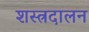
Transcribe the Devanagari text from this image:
शस्त्रदालन